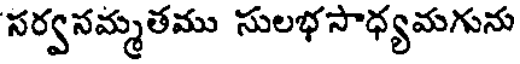
సర్వనమ్మతము సులభసాధ్యమగును